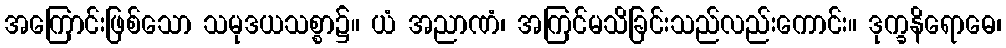
အကြောင်းဖြစ်သော သမုဒယသစ္စာ၌။ ယံ အညာဏံ၊ အကြင်မသိခြင်းသည်လည်းကောင်း။ ဒုက္ခနိရောဓေ၊